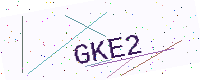
Text: GKE2